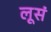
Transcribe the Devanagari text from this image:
लूसं